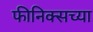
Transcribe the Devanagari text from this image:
फीनिक्सच्या